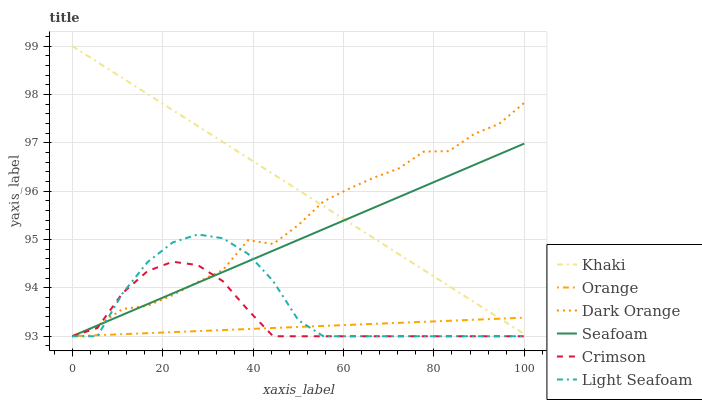
| xaxis_label | Khaki | Orange | Dark Orange | Seafoam | Crimson | Light Seafoam |
 | --- | --- | --- | --- | --- | --- | --- |
 | 0 | 99 | 93 | 93 | 93 | 93 | 93 |
 | 5.56 | 98.7 | 93 | 93.2 | 93.2 | 93.2 | 93 |
 | 11.1 | 98.3 | 93 | 93.6 | 93.4 | 93.9 | 93.9 |
 | 16.7 | 98 | 93.1 | 93.6 | 93.7 | 94.3 | 94.5 |
 | 22.2 | 97.7 | 93.1 | 93.8 | 93.9 | 94.5 | 94.9 |
 | 27.8 | 97.3 | 93.1 | 94.1 | 94.1 | 94.5 | 95.1 |
 | 33.3 | 97 | 93.1 | 94.4 | 94.3 | 94.1 | 95 |
 | 38.9 | 96.7 | 93.1 | 95 | 94.5 | 93.5 | 94.7 |
 | 44.4 | 96.4 | 93.2 | 94.9 | 94.8 | 93 | 94.1 |
 | 50 | 96 | 93.2 | 95.3 | 95 | 93 | 93.3 |
 | 55.6 | 95.7 | 93.2 | 95.8 | 95.2 | 93 | 93 |
 | 61.1 | 95.4 | 93.2 | 96 | 95.4 | 93 | 93 |
 | 66.7 | 95 | 93.3 | 96.3 | 95.7 | 93 | 93 |
 | 72.2 | 94.7 | 93.3 | 96.5 | 95.9 | 93 | 93 |
 | 77.8 | 94.4 | 93.3 | 96.8 | 96.1 | 93 | 93 |
 | 83.3 | 94 | 93.3 | 96.8 | 96.3 | 93 | 93 |
 | 88.9 | 93.7 | 93.3 | 97.2 | 96.5 | 93 | 93 |
 | 94.4 | 93.4 | 93.4 | 97.4 | 96.8 | 93 | 93 |
 | 100 | 93 | 93.4 | 97.8 | 97 | 93 | 93 |